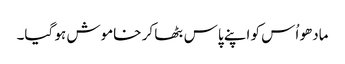
مادھو اُس کو اپنے پاس بٹھا کر خاموش ہو گیا۔